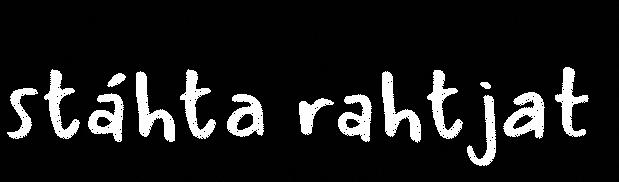
stáhta rahtjat